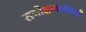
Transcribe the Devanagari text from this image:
समीक्षणांनंतरही